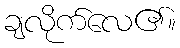
ချလိုက်လေ၏။